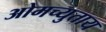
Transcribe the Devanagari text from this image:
ओमच्युताय